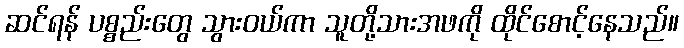
ဆင်ရန် ပစ္စည်းတွေ သွားဝယ်ကာ သူတို့သားအဖကို ထိုင်စောင့်နေသည်။